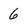
Character: 6